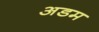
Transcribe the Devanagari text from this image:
अडम